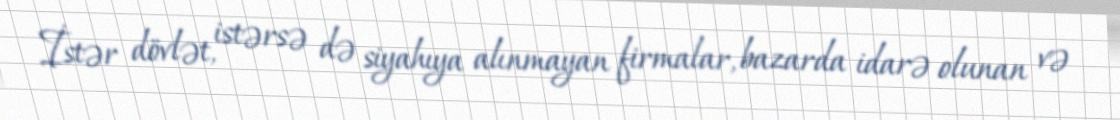
İstər dövlət, istərsə də siyahıya alınmayan firmalar, bazarda idarə olunan və